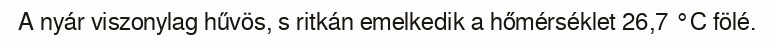
A nyár viszonylag hűvös, s ritkán emelkedik a hőmérséklet 26,7 °C fölé.